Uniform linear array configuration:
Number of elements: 4
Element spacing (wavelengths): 0.5
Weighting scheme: hamming
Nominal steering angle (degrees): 60
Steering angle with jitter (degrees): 60.857
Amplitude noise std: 0.05
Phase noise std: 0.05

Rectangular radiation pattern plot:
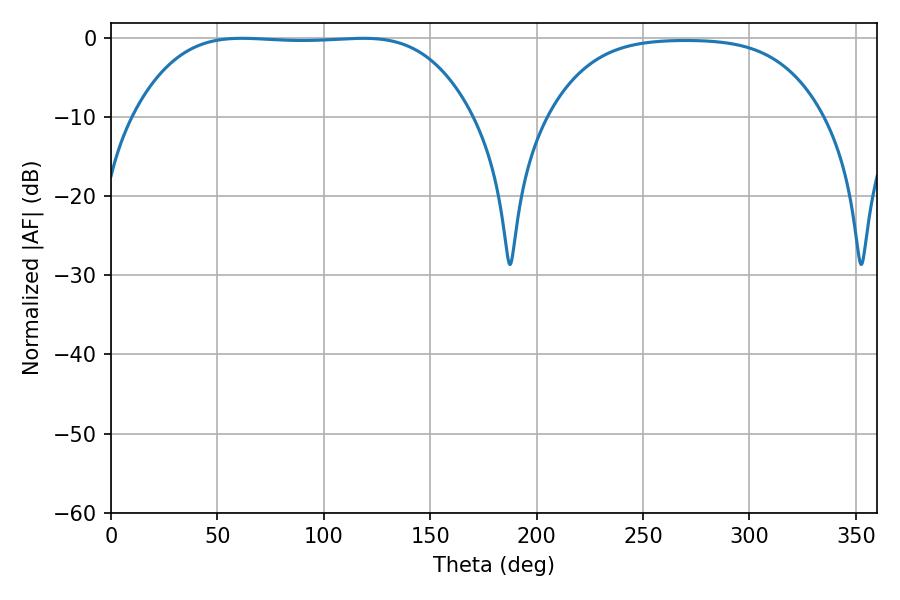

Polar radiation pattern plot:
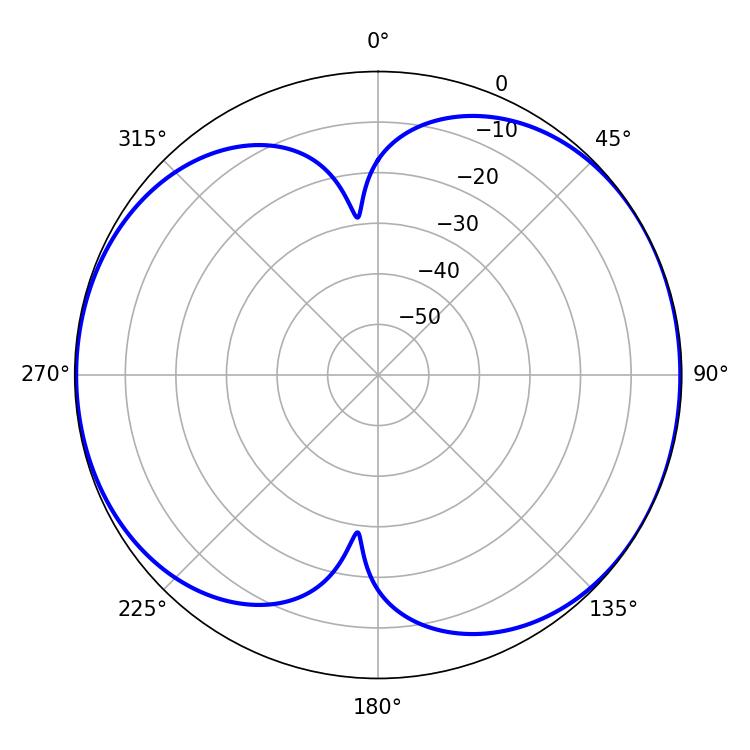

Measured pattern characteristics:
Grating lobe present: FALSE
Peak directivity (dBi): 6.832
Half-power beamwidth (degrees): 122.4
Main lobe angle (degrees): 61.56